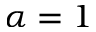
\alpha = 1